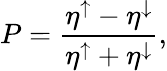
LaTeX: P=\frac{\eta^{\uparrow}-\eta^{\downarrow}}{\eta^{\uparrow}+\eta^{\downarrow}},